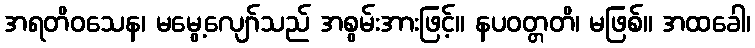
အရတိဝသေန၊ မမွေ့လျော်သည် အစွမ်းအားဖြင့်။ နပဝတ္တတိ၊ မဖြစ်။ အထခေါ၊